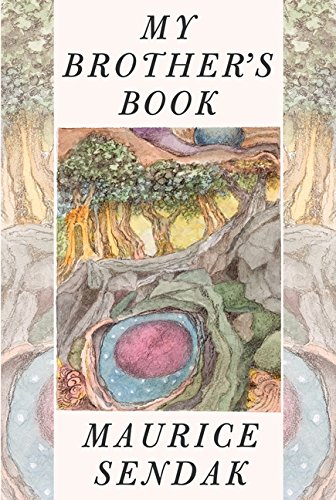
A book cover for My Brother's Book; Maurice Sendak; Parenting & Relationships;